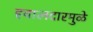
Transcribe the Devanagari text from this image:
हवालदारमुळे